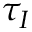
\tau _ { I }